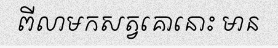
ពីលាមកសត្វគោនោះ មាន